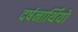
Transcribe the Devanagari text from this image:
दर्षनार्थिंयो